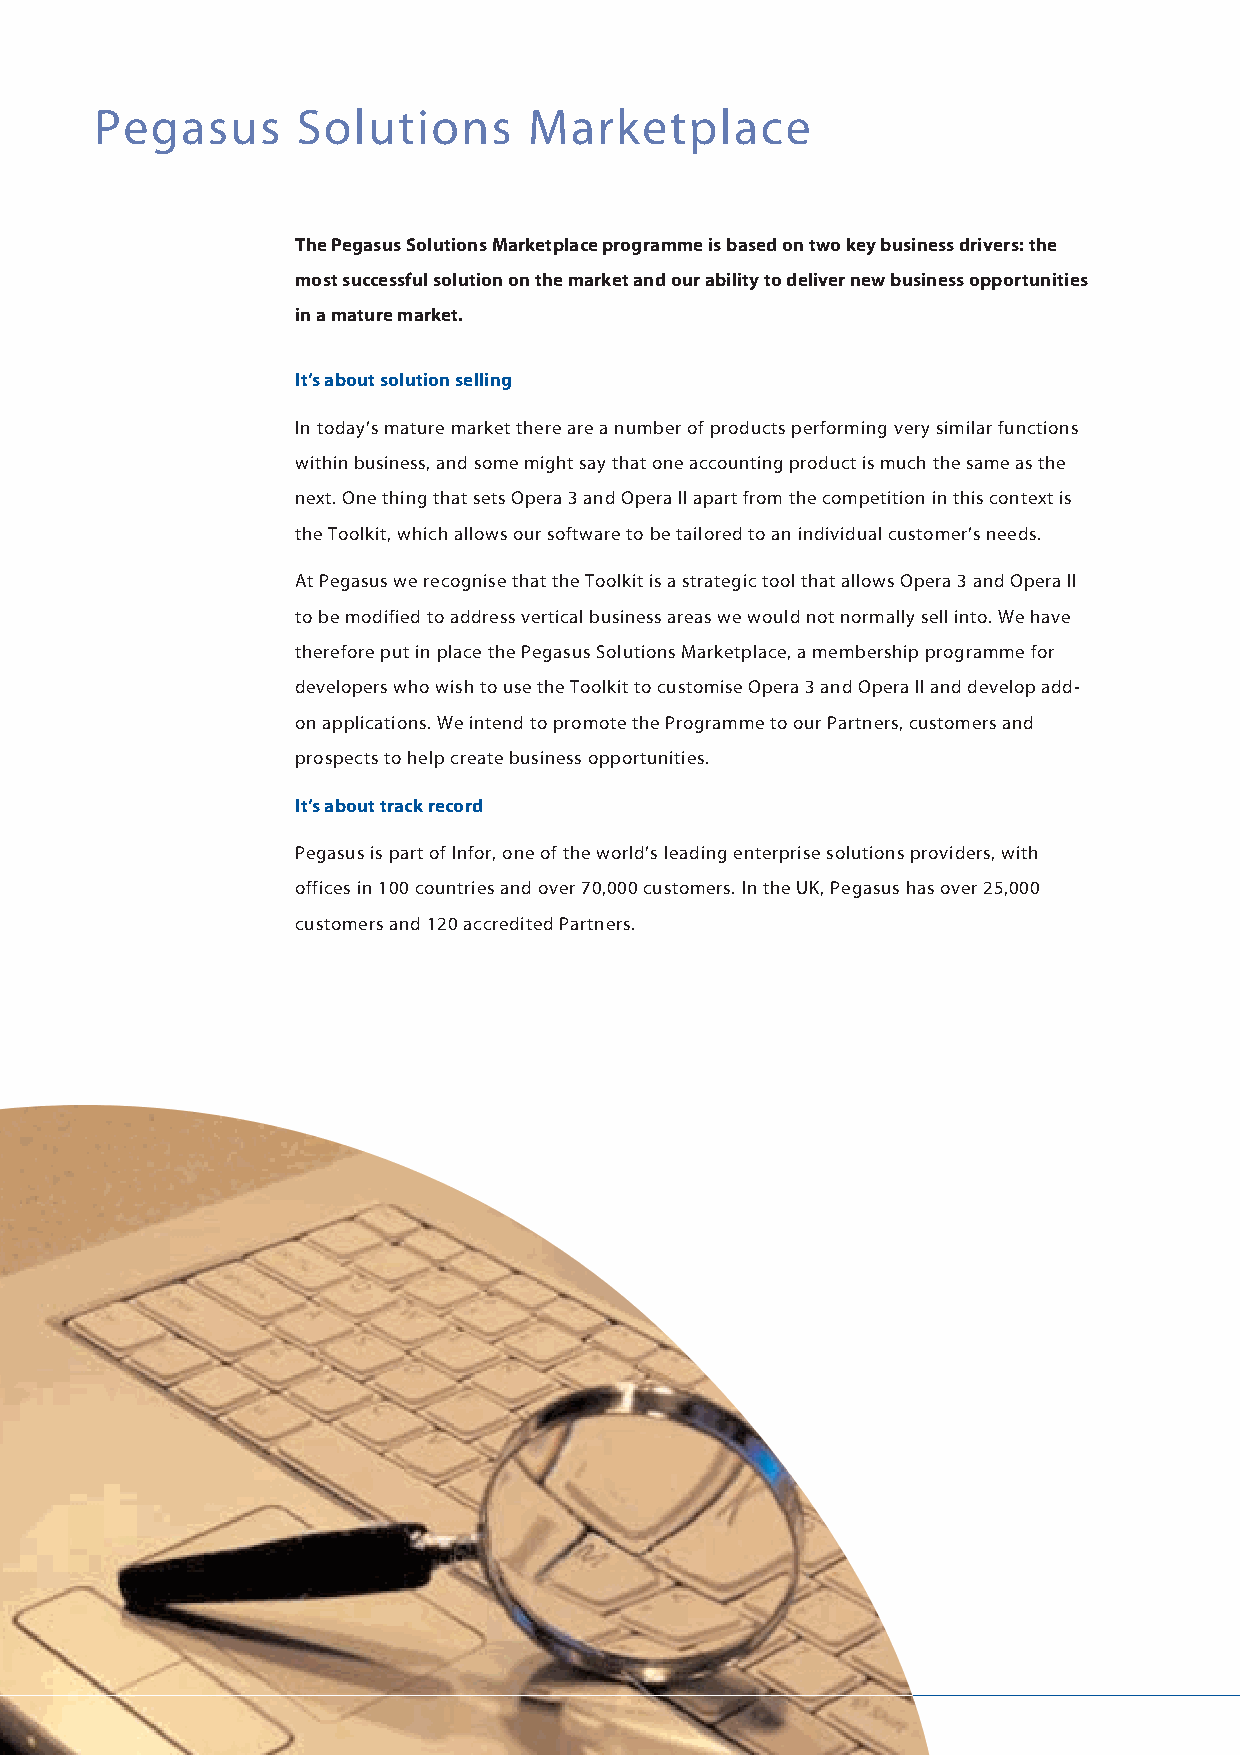
Pegasus       Solutions      Marketplace
 The Pegasus Solutions Marketplace programme is based on two key business drivers: the
 most successful solution on the market and our ability to deliver new business opportunities
 in a mature market.
 It’s about solution selling
 In today’s mature market there are a number of products performing very similar functions
 within business, and some might say that one accounting product is much the same as the
 next. One thing that sets Opera 3 and Opera II apart from the competition in this context is
 the Toolkit, which allows our software to be tailored to an individual customer’s needs.
 At Pegasus we recognise that the Toolkit is a strategic tool that allows Opera 3 and Opera II
 to be modified to address vertical business areas we would not normally sell into. We have
 therefore put in place the Pegasus Solutions Marketplace, a membership programme for
 developers who wish to use the Toolkit to customise Opera 3 and Opera II and develop add-
 on applications. We intend to promote the Programme to our Partners, customers and
 prospects to help create business opportunities.
 It’s about track record
 Pegasus is part of Infor, one of the world’s leading enterprise solutions providers, with
 offices in 100 countries and over 70,000 customers. In the UK, Pegasus has over 25,000
 customers and 120 accredited Partners.